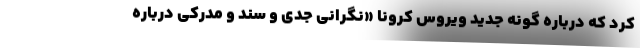
کرد که درباره گونه جدید ویروس کرونا «نگرانی جدی و سند و مدرکی درباره